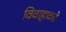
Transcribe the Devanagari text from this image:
विवाहाकडे